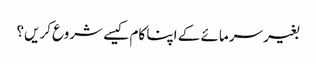
بغیر سرمائے کے اپنا کام کیسے شروع کریں؟